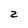
Character: z